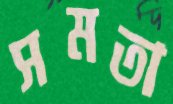
সমতা